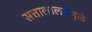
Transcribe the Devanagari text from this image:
सत्तालालसेमुळे